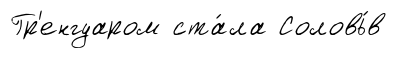
Гр'енгуаром ста́ла Соловь́в